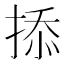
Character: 掭